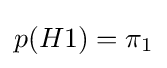
p(H1)=\pi _{1}